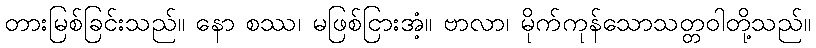
တားမြစ်ခြင်းသည်။ နော စဿ၊ မဖြစ်ငြားအံ့။ ဗာလာ၊ မိုက်ကုန်သောသတ္တဝါတို့သည်။